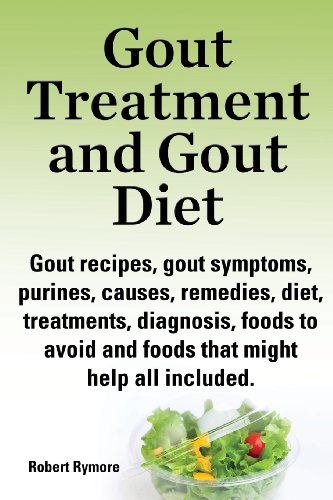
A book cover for Gout Treatment and Gout Diet. Gout Recipes, Gout Symptoms, Purines, Causes, Remedies, Diet, Treatments, Diagnosis, Foods to Avoid and Foods That Might; Robert Rymore; Medical Books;